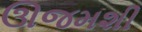
ઊજમશી